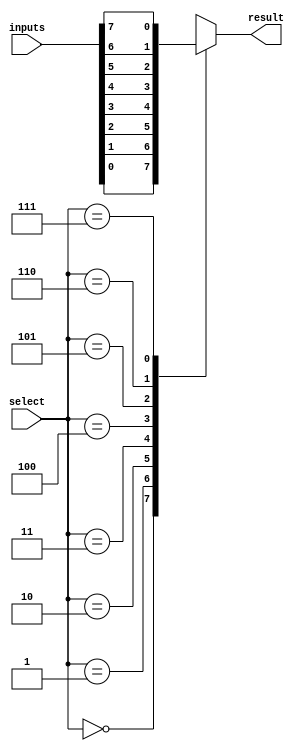
module mux_8to1 (
    input [7:0] inputs,
    input [2:0] select,
    output reg result
);

always @(*) begin
    case (select)
        3'b000: result = inputs[0];
        3'b001: result = inputs[1];
        3'b010: result = inputs[2];
        3'b011: result = inputs[3];
        3'b100: result = inputs[4];
        3'b101: result = inputs[5];
        3'b110: result = inputs[6];
        3'b111: result = inputs[7];
        default: result = 1'bz; // Tri-state output
    endcase
end

endmodule